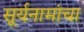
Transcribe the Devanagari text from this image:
सूर्यनामांचा